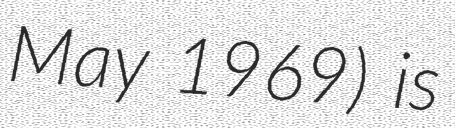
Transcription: May 1969) is